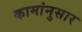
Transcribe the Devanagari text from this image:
कामांनुसार